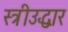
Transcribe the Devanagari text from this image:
स्त्रीउद्धार